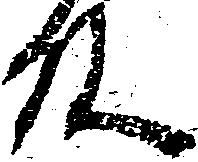
殿